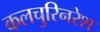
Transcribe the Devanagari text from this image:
कलचुरिनरेश